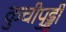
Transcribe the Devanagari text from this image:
कुचीपुड्डी